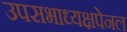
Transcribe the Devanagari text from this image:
उपसभाध्यक्षपेनल